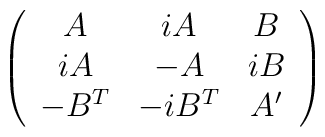
\left( \begin{array}{ccc} A & iA & B \\ iA & -A & iB \\-B^T & -iB^T & A' \end{array} \right)